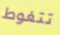
تتغوط